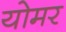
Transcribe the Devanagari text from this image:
योमर